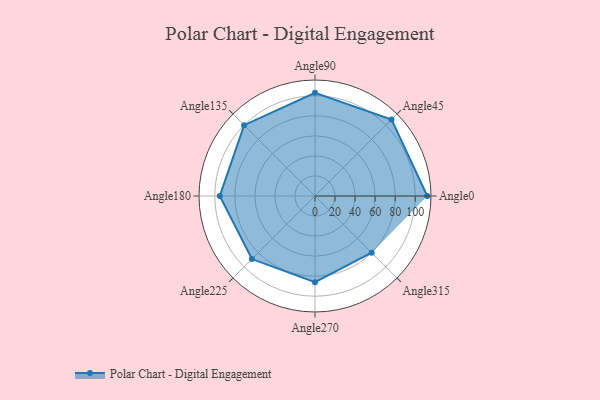
{"axis": {"x": "Angle", "y": "Radius"}, "legend": [""], "data": [{"x": "Angle0", "y": 112.0, "type": ""}, {"x": "Angle45", "y": 108.0, "type": ""}, {"x": "Angle90", "y": 103.0, "type": ""}, {"x": "Angle135", "y": 100.0, "type": ""}, {"x": "Angle180", "y": 95.0, "type": ""}, {"x": "Angle225", "y": 89.0, "type": ""}, {"x": "Angle270", "y": 86.0, "type": ""}, {"x": "Angle315", "y": 80.0, "type": ""}]}